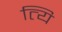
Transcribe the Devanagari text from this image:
त्यि